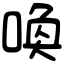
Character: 喚